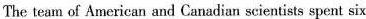
The team of American and Canadian scientists spent six